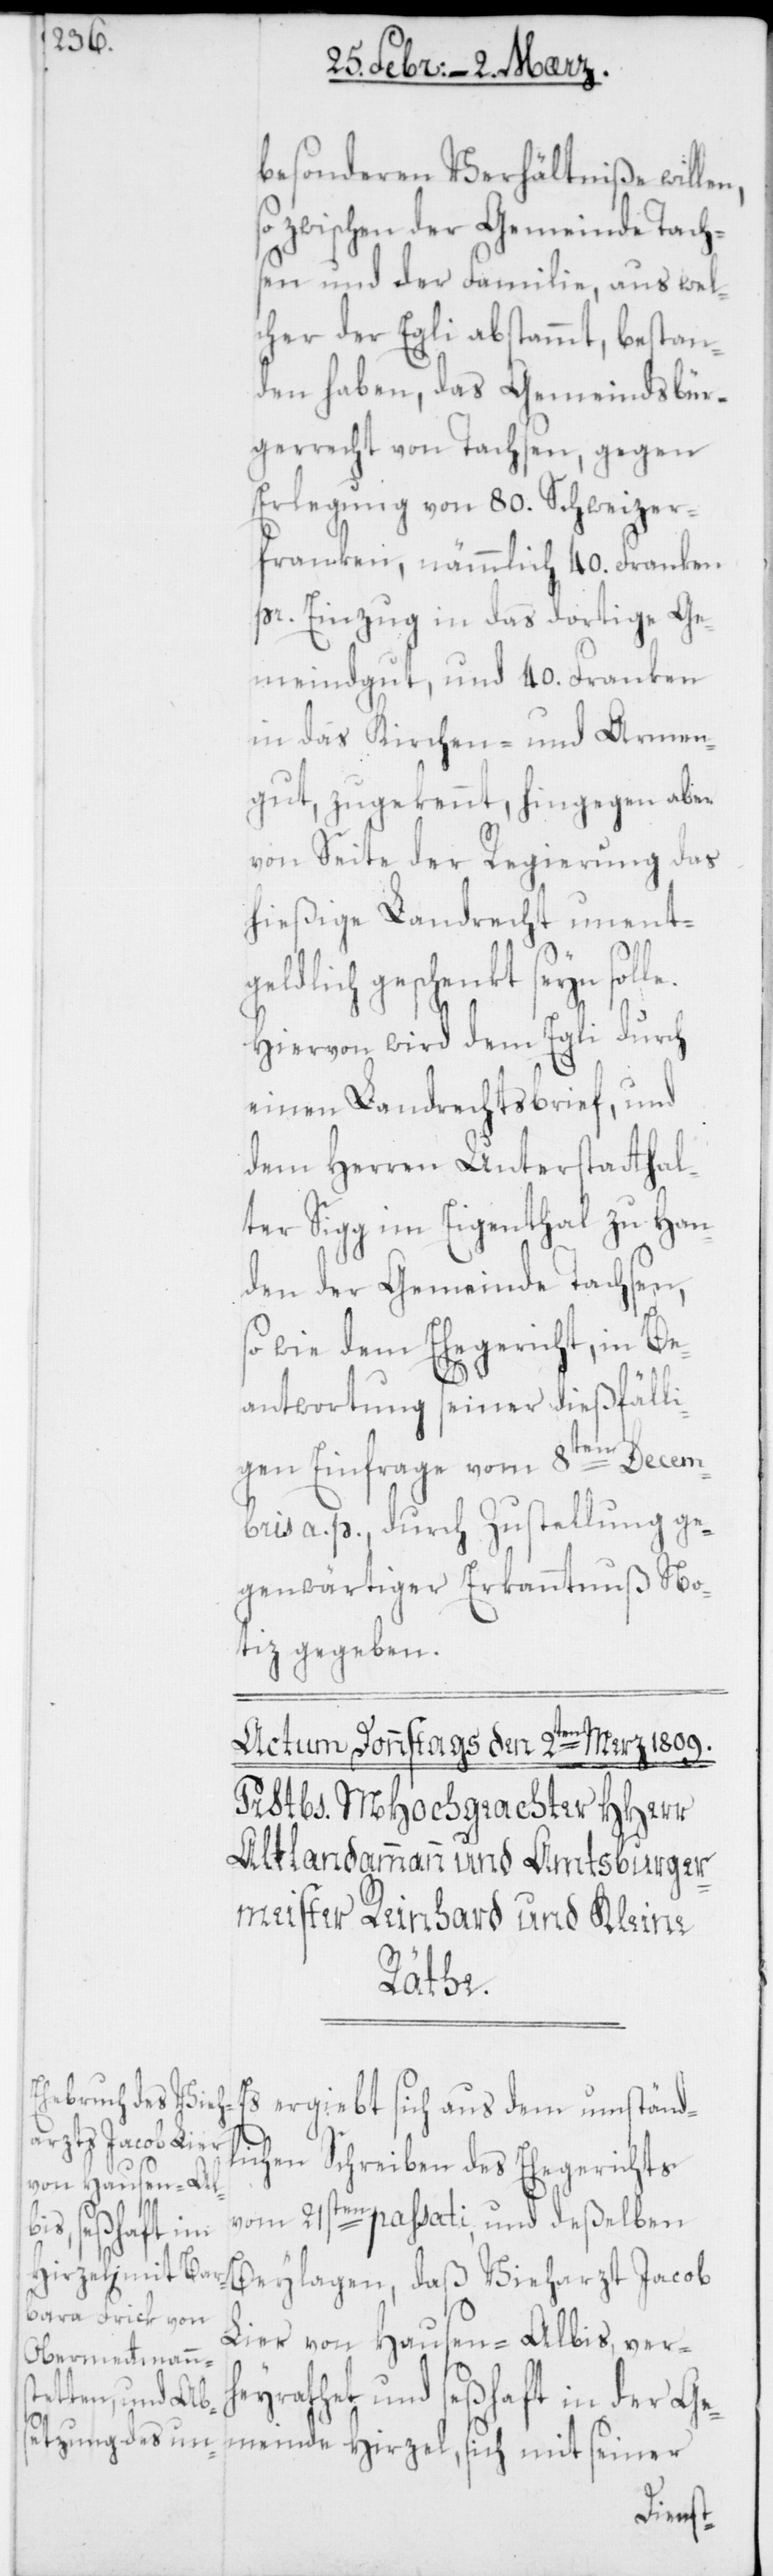
besonderen Verhältniße wille¬
so zwischen der Gemeinde Dachs¬
en und der Familie, aus wel¬
cher der Egli abstammt, bestan¬
den haben, das Gemeindsbür¬
gerrecht von Dachsen, gegen
Erlegung von 80. Schweizer¬
franken, nämmlich 40. Franken
pr. Einzug in das dortige Ge¬
meindgut, und 40. Franken
in das Kirchen- und Armen¬
gut, zugekennt, hingegen aber
von Seite der Regierung das
hießige Landrecht unentg¬
Beylagen, daß Vieh¬
Hiervon wird dem Egli durch
einen Landrechtsbrief, und
dem Herren Unterstatthal¬
ter Sigg im Eigenthal zu Han¬
den der Gemeinde Dachsen,
sowie dem Ehegericht, in Be¬
antwortung seiner dießfälli¬
gen Einfrage vom 8ten Decem¬
n,
bris a. p., durch Zustellung
gegenwärtiger Erkanntnuß No¬
tiz gegeben.
solle.
Es ergiebt sich aus dem umständl¬
arzt Jacob L¬
ichen Schreiben des Ehegerichts
vom 21sten passati, und deßelben
ier von Hausen-Albis, verh¬
eyrathet und seßhaft in der Ge¬
meinde Hirzel, sich mit seiner